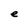
Character: e